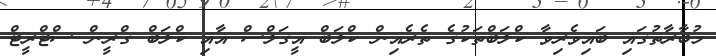
މުބާރާތުގައި ބައިވެރިވާ ކްލަބްތަކުގެ ތެރެއިން ކްލަބް އީގަލްސް އާއި ކްލަބް ގްރީން ސްޓްރީޓް